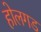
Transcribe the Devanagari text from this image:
होलगड